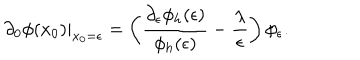
LaTeX: \left. \partial _ { 0 } \phi ( x _ { 0 } ) \right| _ { x _ { 0 } = \epsilon } = \left( { \frac { \partial _ { \epsilon } \phi _ { h } ( \epsilon ) } { \phi _ { h } ( \epsilon ) } } - { \frac { \lambda } { \epsilon } } \right) \phi _ { \epsilon } .